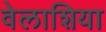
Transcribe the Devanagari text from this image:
वेलाशिया